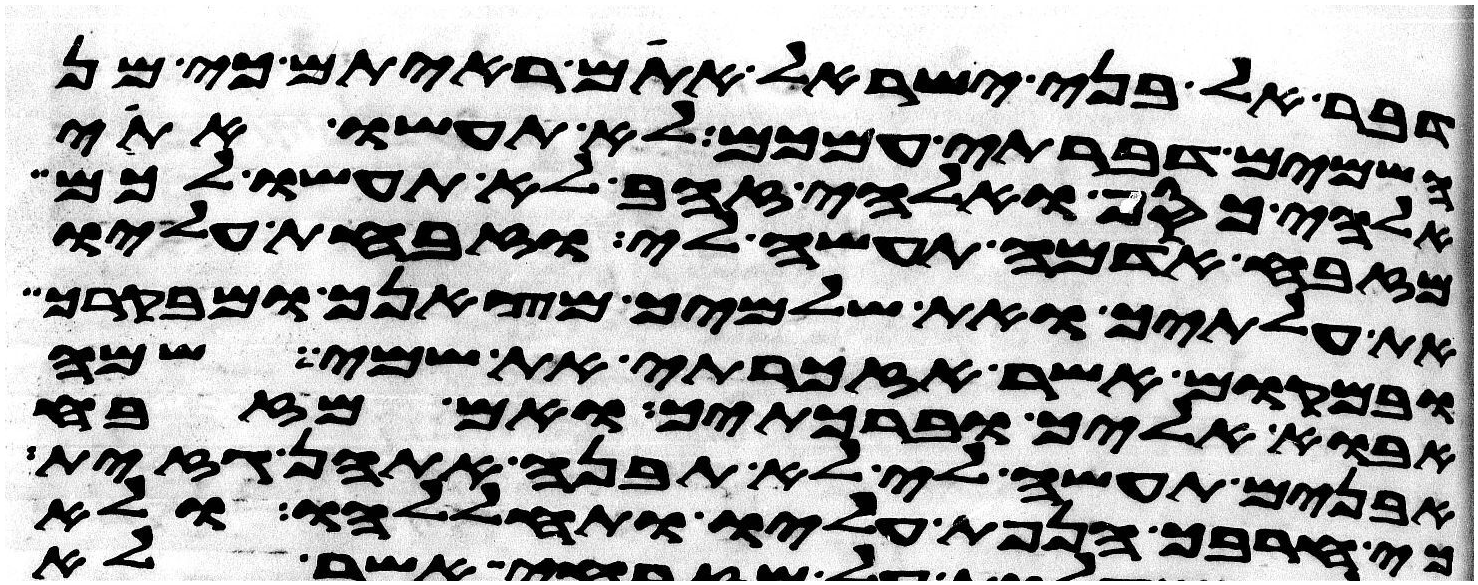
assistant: דבר אל בני ישראל אתם ראיתם כי מן
השמים דברתי עמכם לא תעשו אתי
אלהי כסף ואלהי זהב לא תעשו לכם
מזבח אדמה תעשה לי וזבחת עליו
את עלתיך ואת שלמיך מצאנך ומבקרך
ובמקום אשר אזכרתי את שמי שמה
אבוא אליך וברכתיך ואם מזבח
אבנים תעשה לי לא תבנה אתהן גזית
כי חרבך הנפת עליו ותחללהו ולא